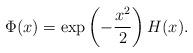
LaTeX: \begin{align*}\Phi(x) = \exp\left( - \frac{x^2}{2} \right) H(x).\end{align*}